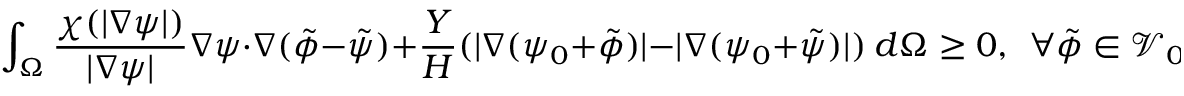
\int _ { \Omega } \frac { \chi ( | \nabla \psi | ) } { | \nabla \psi | } \nabla \psi \cdot \nabla ( \tilde { \phi } - \tilde { \psi } ) + \frac { Y } { H } ( | \nabla ( \psi _ { 0 } + \tilde { \phi } ) | - | \nabla ( \psi _ { 0 } + \tilde { \psi } ) | ) ~ d \Omega \ge 0 , ~ ~ \forall \tilde { \phi } \in \mathcal { V } _ { 0 } .